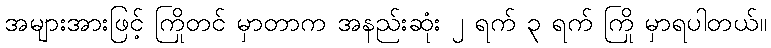
အများအားဖြင့် ကြိုတင် မှာတာက အနည်းဆုံး ၂ ရက် ၃ ရက် ကြို မှာရပါတယ်။